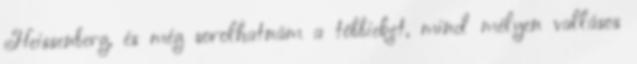
Heissenberg, és még sorolhatnám a többieket, mind mélyen vallásos